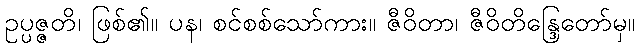
ဥပ္ပဇ္ဇတိ၊ ဖြစ်၏။ ပန၊ စင်စစ်သော်ကား။ ဇီဝိတာ၊ ဇီဝိတိန္ဒြေတော်မှ။